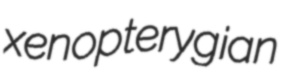
xenopterygian